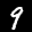
Label: 9